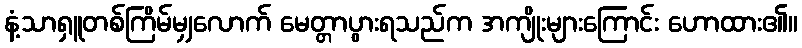
နံ့သာရှူတစ်ကြိမ်မျှလောက် မေတ္တာပွားရသည်က အကျိုးများကြောင်း ဟောထား၏။